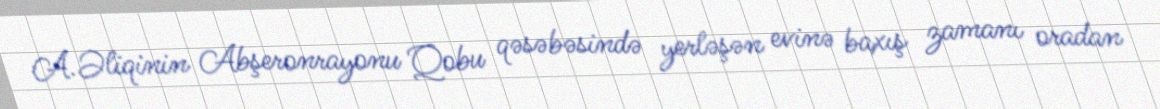
A.Əliqinin Abşeronrayonu Qobu qəsəbəsində yerləşən evinə baxış zamanı oradan